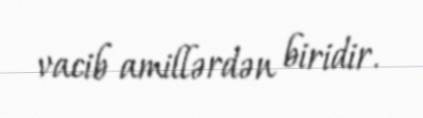
vacib amillərdən biridir.